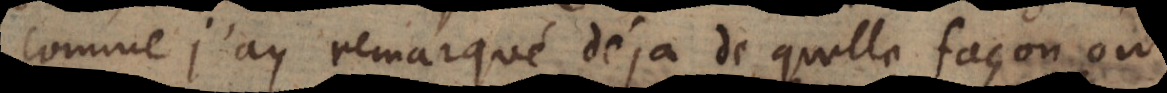
comme j’ay remarqué déja de quelle façon on